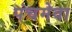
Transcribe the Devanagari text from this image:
पंचमेवा